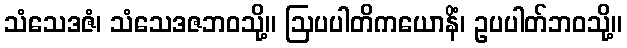
သံသေဒဇံ၊ သံသေဒဇဘဝသို့။ ဩပပါတိကယောနိံ၊ ဥပပါတ်ဘဝသို့။